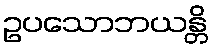
ဥပသောဘယန္တိ